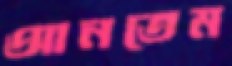
আনতেম